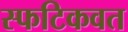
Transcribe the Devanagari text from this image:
स्फटिकवत